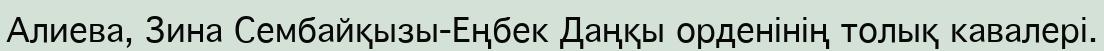
Алиева, Зина Сембайқызы-Еңбек Даңқы орденінің толық кавалері.